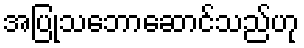
အပြုသဘောဆောင်သည်ဟု